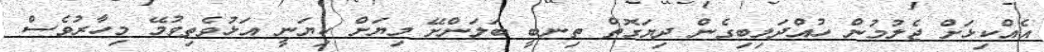
އެއްކިޅަށް ޖެލުމުން ހުއްދަލިބިގެން ދިޔަގޮތް ތިނބީ ބަލަންށޭ މިޔަށް ކިޔަނީ އަޅުވެތިވުމޭ މިހާރުވެސް